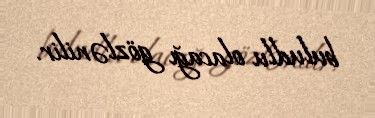
buludlu olacağı gözlənilir.